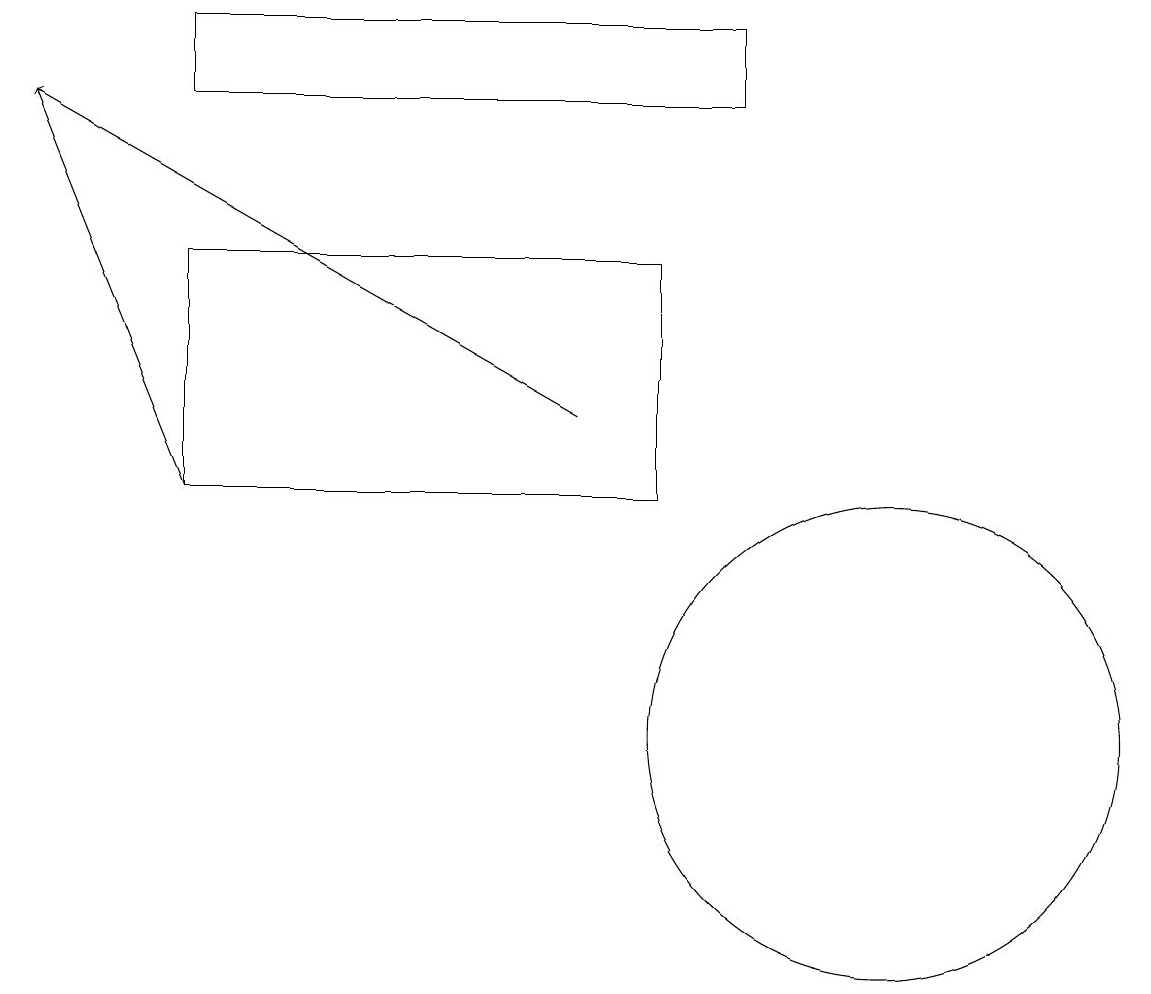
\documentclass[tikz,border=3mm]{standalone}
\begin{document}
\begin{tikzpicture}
\draw[->] (7,14) -- (0,18);
\draw (2,18) rectangle (9,19);
\draw (8,16) rectangle (2,13);
\draw (8,13) rectangle (3,13);
\draw[->] (2,13) -- (0,18);
\draw (11,10) circle (3);
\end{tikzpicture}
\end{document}